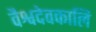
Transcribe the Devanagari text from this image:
वैश्वदेवकालि